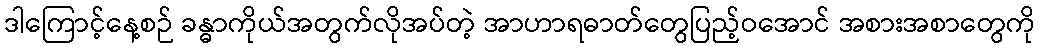
ဒါကြောင့်နေ့စဉ် ခန္ဓာကိုယ်အတွက်လိုအပ်တဲ့ အာဟာရဓာတ်တွေပြည့်ဝအောင် အစားအစာတွေကို